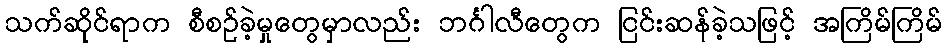
သက်ဆိုင်ရာက စီစဉ်ခဲ့မှုတွေမှာလည်း ဘင်္ဂါလီတွေက ငြင်းဆန်ခဲ့သဖြင့် အကြိမ်ကြိမ်